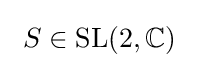
\ S\in \mathrm {SL} (2,\mathbb {C} )\